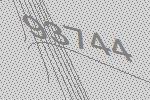
93744